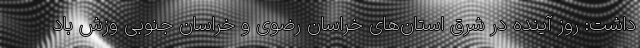
داشت: روز آینده در شرق استان‌های خراسان رضوی و خراسان جنوبی وزش باد